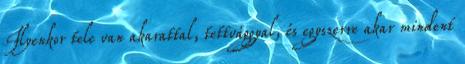
Ilyenkor tele van akarattal, tettvággyal, és egyszerre akar mindent